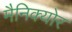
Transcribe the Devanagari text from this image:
मैनिक्योर